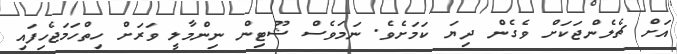
އަށް ޗެލެންޖަކަށް ވެގެން ދިޔަ ކަމަށެވެ. ނަމަވެސް ޝޫޓިން ނިންމާލީ ވަރަށް ހިތްހަމަޖެހިފައި